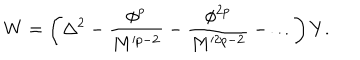
LaTeX: W = \left( \Delta ^ { 2 } - \frac { \phi ^ { p } } { M ^ { p - 2 } } - \frac { \phi ^ { 2 p } } { M ^ { 2 p - 2 } } - \dots \right) Y .